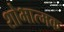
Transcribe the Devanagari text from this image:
शोभात्मक